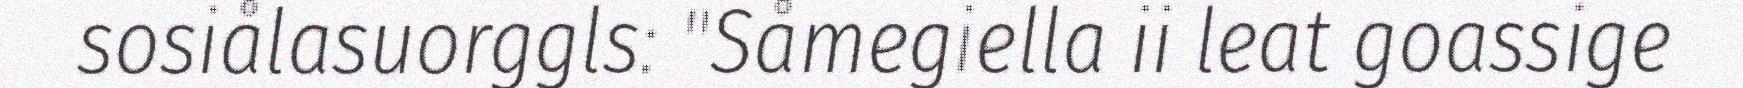
sosiålasuorggls: "Såmegiella ii leat goassige